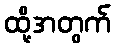
ထို့အတွက်